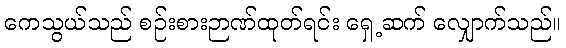
ကေသွယ်သည် စဉ်းစားဉာဏ်ထုတ်ရင်း ရှေ့ဆက် လျှောက်သည်။